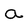
Character: a